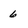
Character: 6